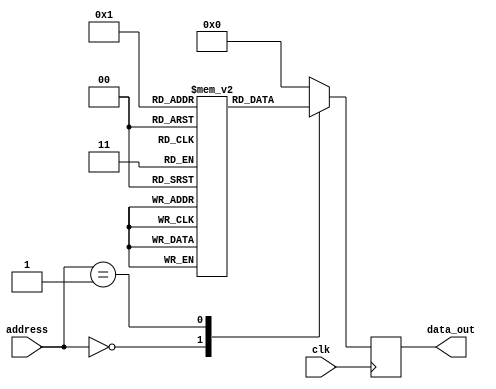
module anti_fuse_memory(
  input wire clk,
  input wire [7:0] address,
  output wire [7:0] data_out
);

reg [7:0] memory_array [0:255];

// Initialize memory array with programmed values
initial begin
  memory_array[0] = 8'b10101100;
  memory_array[1] = 8'b11001010;
  // Add more programmed values as needed
end

// Address decoding logic
always @ (posedge clk) begin
  case (address)
    8'd0: data_out <= memory_array[0];
    8'd1: data_out <= memory_array[1];
    // Add more cases for additional memory locations
    default: data_out <= 8'b0; // Default to 0 if address is not matched
  endcase
end

endmodule